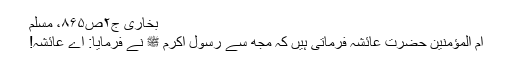
بخاری ج۲ص۸۶۵، مسلم
ام المؤمنین حضرت عائشہؓ فرماتی ہیں کہ مجھ سے رسول اکرم ﷺ نے فرمایا: اے عائشہ!